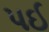
પઈ